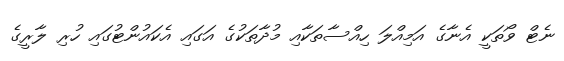
ނެޓް ވޯތަކީ އެނާގެ އަމިއްލަ ހިއްސާތަކާއި މުދާތަކުގެ އަގައި އެކައުންޓުގައި ހުރި ލާރީގެ